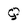
Character: Q